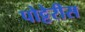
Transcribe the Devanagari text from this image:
पोट्टेरीस